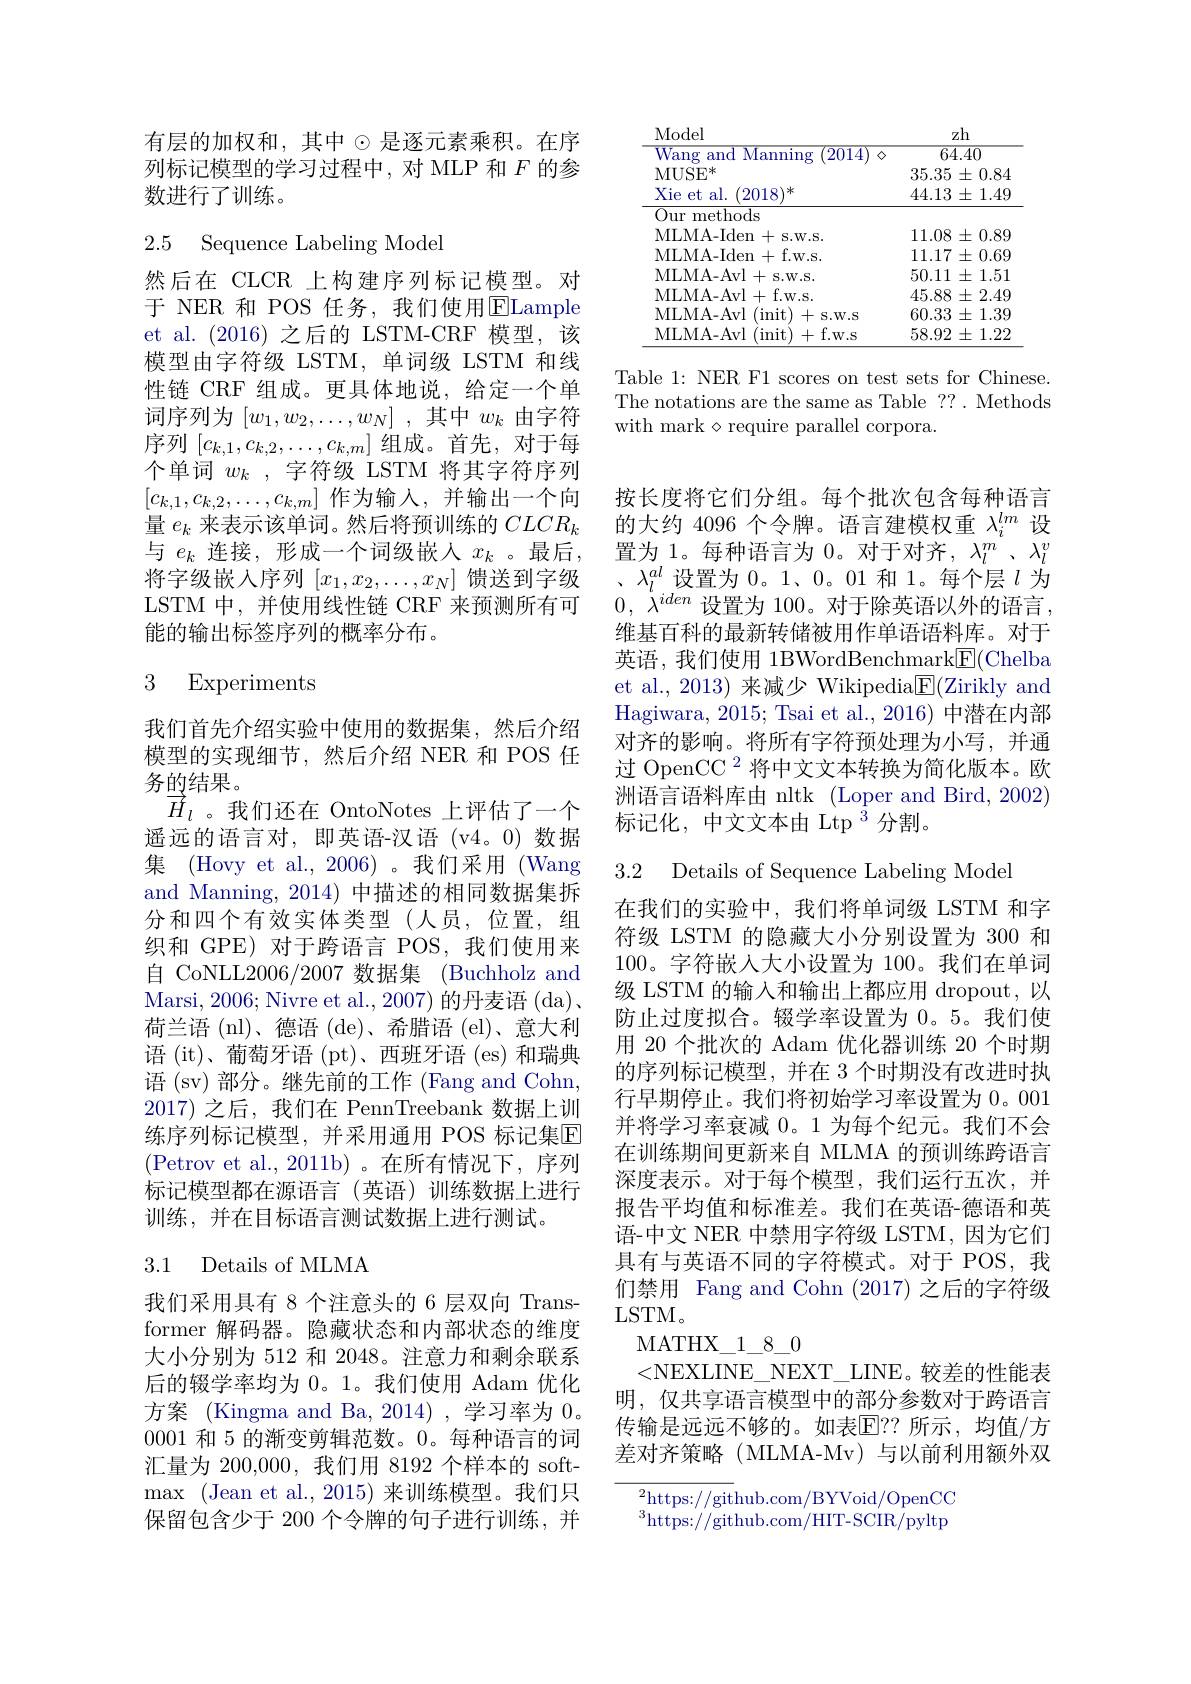
<table>
	<tbody>
		<tr>
			<td>MUSE* </td>
			<td>$35.35\pm0.84$</td>
		</tr>
		<tr>
			<td>Xie et al. 2018 冰</td>
			<td>$44.13\pm1.49$</td>
		</tr>
		<tr>
			<td>Our methods</td>
			<td> </td>
		</tr>
		<tr>
			<td>MLMA- Iden + $\mathbf{S.W.S.}$</td>
			<td>11.08 $\pm0.89$</td>
		</tr>
		<tr>
			<td>MLMA- Iden+ f. w. s. </td>
			<td>$11.17\pm0.69$</td>
		</tr>
		<tr>
			<td>MLMA- Avl 1+s.W.S.</td>
			<td>50.11 $\pm1.51$ </td>
		</tr>
		<tr>
			<td>MLMA- Avl+f. w. s. </td>
			<td>$45.88\pm2.49$</td>
		</tr>
		<tr>
			<td>MLMA- Avl (init) +s.W.S</td>
			<td>$60.33\pm1.39$</td>
		</tr>
		<tr>
			<td>(init)+f.w.s MLMA- Avl</td>
			<td>58.92 $2\pm1.22$</td>
		</tr>
	</tbody>
</table>

Table 1: NER F1 scores on test sets for Chinese.

The notations are the same as Table ?? . Methods

with mark$\diamond$require parallel corpora.

有层的加权和，其中$\odot$是逐元素乘积。在序列标记模型的学习过程中，对 MLP 和$F$的参数进行了训练。

## 2.5 Sequence Labeling Model

然后在 CLCR 上构建序列标记模型。对于 NER 和 POS 任务，我们使用$\overline{\mathrm{E}}$Lample et al.(2016)之后的 LSTM-CRF 模型，该模型由字符级 LSTM, 单词级 LSTM 和线性链 CRF 组成。更具体地说，给定一个单词序列为$[w_1,w_2,\ldots,w_N]$ ,其中$w_k$由字符序列$\left[c_{k,1},c_{k,2},\ldots,c_{k,m}\right]$组成。首先，对于每个单词$w_k$,字符级 LSTM 将其字符序列$[c_{k,1},c_{k,2},\ldots,c_{k,m}]$作为输入，并输出一个向量$e_k$来表示该单词。然后将预训练的$CLCR_k$ 与$e_k$连接，形成一个词级嵌入$x_k$ 。最后， 将字级嵌入序列$[x_1,x_2,\ldots,x_N]$馈送到字级LSTM 中，并使用线性链 CRF 来预测所有可能的输出标签序列的概率分布。

## 3 Experiments

我们首先介绍实验中使用的数据集，然后介绍模型的实现细节，然后介绍 NER 和 POS 任务的结果。
$\overrightarrow{H}_l$ 。我们还在 OntoNotes 上评估了一个遥远的语言对，即英语-汉语 (v4。0)数据集 (Hovy et al., 2006)。我们采用 (Wang and Manning, 2014) 中描述的相同数据集拆分和四个有效实体类型(人员，位置，组织和 GPE) 对于跨语言 POS,我们使用来自 CoNLL2006/2007 数据集 (Buchholz and $\begin{aligned}\text{Marsi, 2006; Nivre et al., 2007) 的丹麦语 (da)、}\end{aligned}$ 荷兰语 (nl)、德语 (de)、希腊语 (el)、意大利语 (it)、葡萄牙语 (pt)、西班牙语 (es)和瑞典语 (sv) 部分。继先前的工作 (Fang and Cohn, 2017)之后，我们在 PennTreebank 数据上训练序列标记模型，并采用通用 POS 标记集$\overline{\mathrm{E}}$ (Petrov et al.,2011b)。在所有情况下，序列标记模型都在源语言(英语)训练数据上进行训练，并在目标语言测试数据上进行测试。

### 3.1 Details of MLMA

我们采用具有 8 个注意头的 6 层双向 Transformer 解码器。隐藏状态和内部状态的维度大小分别为 512 和 2048。注意力和剩余联系后的辍学率均为 0。1。我们使用 Adam 优化方案 (Kingma and Ba, 2014) , 学习率为0。0001和 5 的渐变剪辑范数。0。每种语言的词汇量为 200,000, 我们用 8192 个样本的 soft- $\operatorname* { max} \allowbreak ( {\mathrm{mod}} $et al. , 2015) 来 训 练 模 型 。我 们 只 ) 保留包含少于 200 个令牌的句子进行训练，并

按长度将它们分组。每个批次包含每种语言的大约 4096 个令牌。语言建模权重$\lambda_i^{lm}$设置为 1。每种语言为 0。对于对齐，$\lambda_l^m$ 、$\lambda_l^v$ 、$\lambda_l^{al}$设置为$0。1、0。01$和 1。每个层$l$为0, $\lambda ^{iden}$ 设置为 100。对于除英语以外的语言， 维基百科的最新转储被用作单语语料库。对于英语，我们使用 1BWordBenchmark$\underline{\mathrm{E}}($Chelba et al., 2013) 来减少 Wikipedia$\boxed{\mathrm{F}}($Zirikly and Hagiwara, 2015; Tsai et al., 2016) 中潜在内部对齐的影响。将所有字符预处理为小写，并通过 OpenCC $^{2}$将中文文本转换为简化版本。欧洲语言语料库由 nltk (Loper and Bird, 2002) 标记化，中文文本由 Ltp$^{3}$分割。

3.2 Details of Sequence Labeling Mode

在我们的实验中，我们将单词级 LSTM 和字符级 LSTM 的隐藏大小分别设置为 300 和100。字符嵌入大小设置为 100。我们在单词级 LSTM 的输入和输出上都应用 dropout,以防止过度拟合。辍学率设置为 0。5。我们使用 20 个批次的 Adam 优化器训练 20 个时期的序列标记模型，并在 3 个时期没有改进时执行早期停止。我们将初始学习率设置为 0。001并将学习率衰减 0。1 为每个纪元。我们不会在训练期间更新来自 MLMA 的预训练跨语言深度表示。对于每个模型，我们运行五次，并报告平均值和标准差。我们在英语-德语和英语-中文 NER 中禁用字符级 LSTM, 因为它们具有与英语不同的字符模式。对于 POS, 我们禁用 Fang and Cohn (2017) 之后的字符级LSTM。
MATHX$\_$1$\_$8$\_$0
<NEXLINE\_NEXT\_LINE。较差的性能表明，仅共享语言模型中的部分参数对于跨语言传输是远远不够的。如表$\mathbb{E}$??所示，均值/方差对齐策略(MLMA-Mv)与以前利用额外双

$^{2}$https://github.com/BYVoid/OpenCC

$^{3}$https://github.com/HIT-SCIR/pyltp